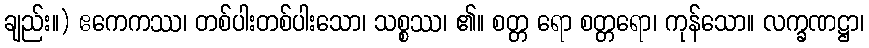
ချည်း။) ဧကေကဿ၊ တစ်ပါးတစ်ပါးသော၊ သစ္စဿ၊ ၏။ စတ္တ ရော စတ္တရော၊ ကုန်သော။ လက္ခဏဋ္ဌာ၊